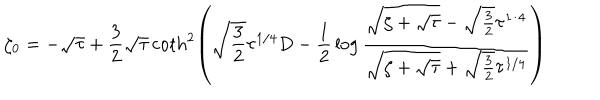
\zeta _ { 0 } = - \sqrt \tau + { \frac { 3 } { 2 } } \sqrt \tau \coth ^ { 2 } \left( \sqrt { \frac { 3 } { 2 } } \tau ^ { 1 / 4 } D - { \frac { 1 } { 2 } } \log { \frac { \sqrt { \zeta + \sqrt \tau } - \sqrt { \frac { 3 } { 2 } } \tau ^ { 1 / 4 } } { \sqrt { \zeta + \sqrt \tau } + \sqrt { \frac { 3 } { 2 } } \tau ^ { 1 / 4 } } } \right)